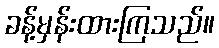
ခန့်မှန်းထားကြသည်။